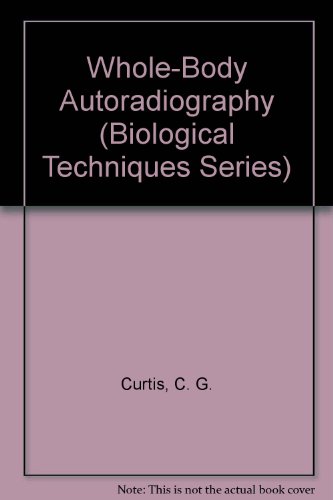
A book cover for Whole-Body Autoradiography (Biological Techniques Series); C. G. Curtis; Medical Books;